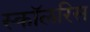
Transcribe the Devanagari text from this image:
स्कॉलरिस